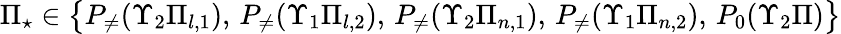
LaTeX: \Pi_{\star}\in\big\{ P_{\neq}(\Upsilon_{2}\Pi_{l,1}),\, P_{\neq}(\Upsilon_{1}\Pi_{l,2}),\, P_{\neq}(\Upsilon_{2}\Pi_{n,1}),\, P_{\neq}(\Upsilon_{1}\Pi_{n,2}),\, P_{0}(\Upsilon_{2}\Pi)\big\}